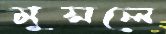
মুসলে